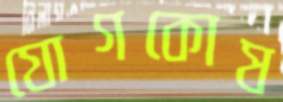
যোগকোষ